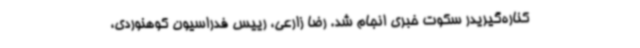
کناره‌گیریدر سکوت خبری انجام شد. رضا زارعی، رییس فدراسیون کوهنوردی،